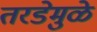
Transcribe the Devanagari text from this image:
तरडेमुळे